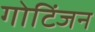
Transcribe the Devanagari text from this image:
गोटिंजन